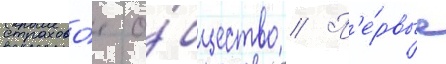
страхово́е о́бщество // П'е́рвые